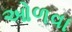
ઓળવા